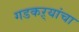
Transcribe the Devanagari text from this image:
गडकऱ्यांचा